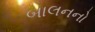
બાલનનો